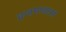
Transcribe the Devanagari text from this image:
व्रजमण्डलमें